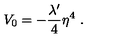
V _ { 0 } = - { \frac { \lambda ^ { \prime } } { 4 } } \eta ^ { 4 } \ .